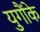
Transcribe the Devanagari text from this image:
युगौंके